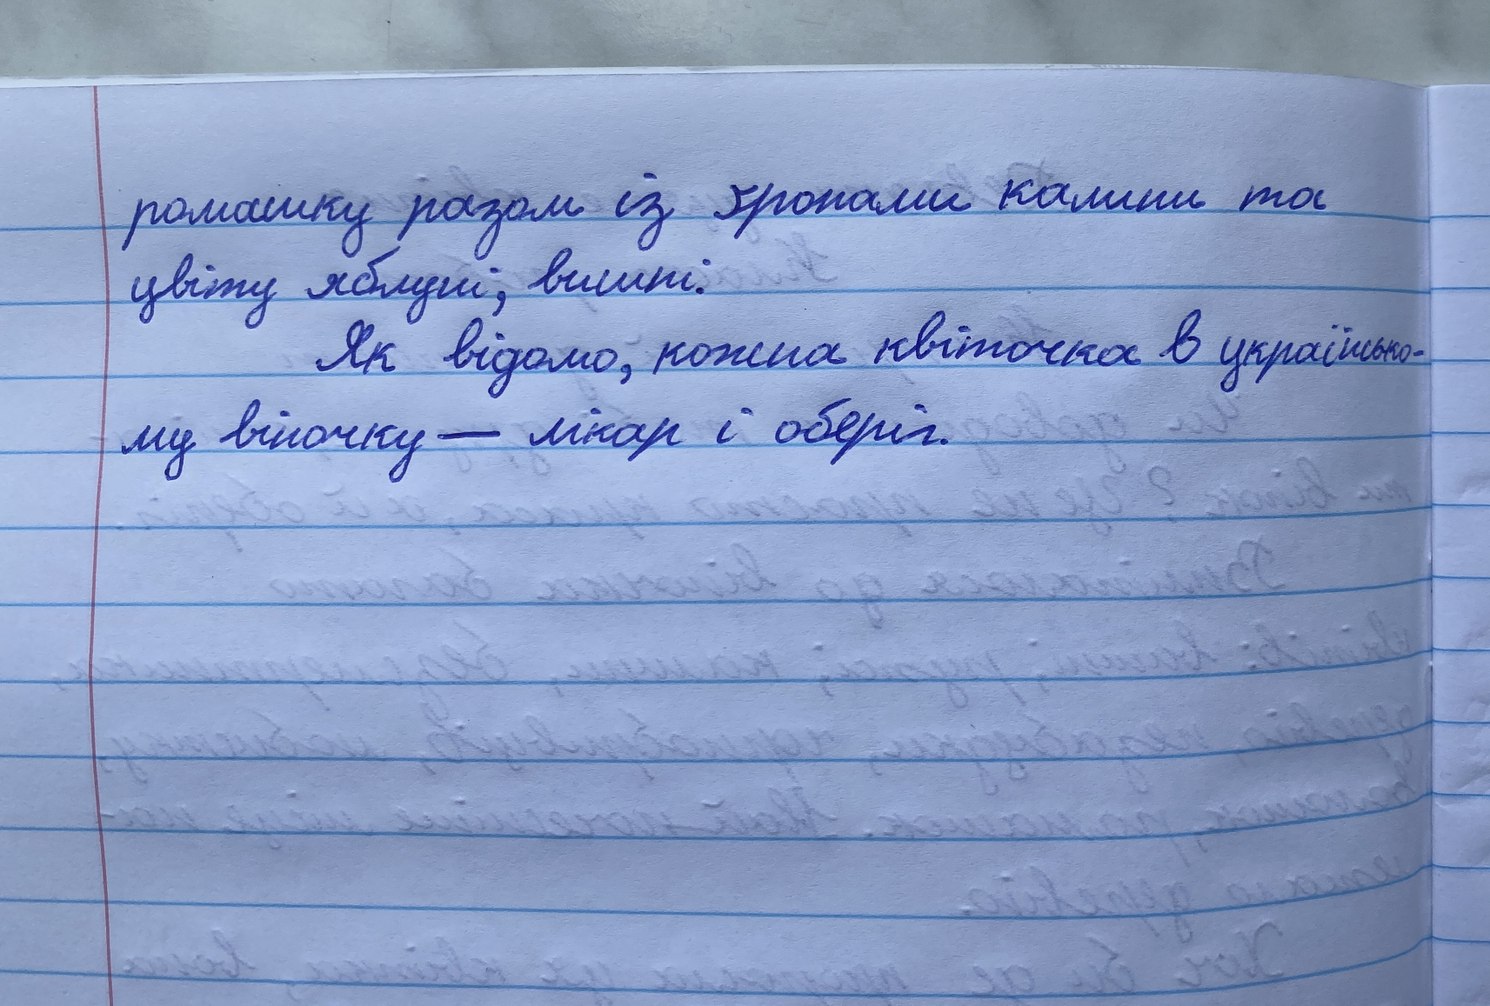
ромашку разом із гронами калини та
цвіту яблуні, вишні.
Як відомо, кожна квіточка в українсько-
му віночку — лікар і оберіг.